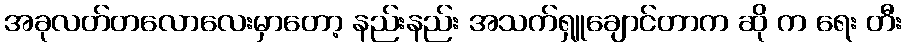
အခုလတ်တလောလေးမှာတော့ နည်းနည်း အသက်ရှူချောင်တာက ဆို က ရေး တီး